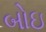
બોઇ